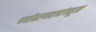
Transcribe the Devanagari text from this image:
पर्यावरणवाद्यांकडून